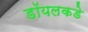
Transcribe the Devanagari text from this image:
डॉयलकडे